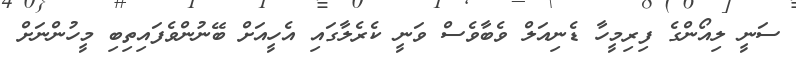
ސަނީ ލިއޯންގެ ފިރިމީހާ ޑެނިއަލް ވެބާވެސް ވަނީ ކެރެލާގައި އެހީއަށް ބޭނުންވެފައިތިބި މީހުންނަށް